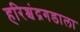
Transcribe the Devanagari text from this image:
हरिश्चंद्रगडाला